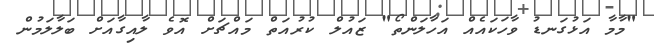
"މާމާ އަޅުގަނޑު ވާހަކައެއް އަހާލަންތޯ" ޒައުލް ކުރުއަތް މައްޗަށް އޮވެ ލާއިގާއަށް ބަލާލަމުން